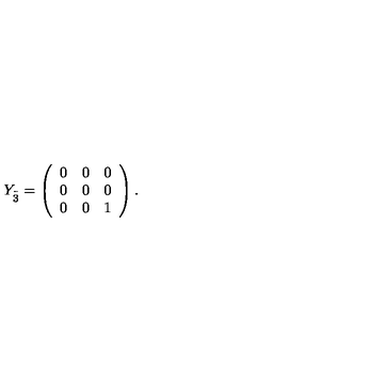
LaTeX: Y _ { \stackrel { . \! . \! . } { 3 } } = \left( \begin{array} { c c c } { 0 } & { 0 } & { 0 } \\ { 0 } & { 0 } & { 0 } \\ { 0 } & { 0 } & { 1 } \\ \end{array} \right) .